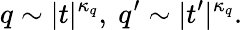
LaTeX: q\sim|t|^{\kappa_{q}},\ q^{\prime}\sim|t^{\prime}|^{\kappa_{q}}.